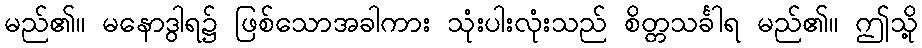
မည်၏။ မနောဒွါရ၌ ဖြစ်သောအခါကား သုံးပါးလုံးသည် စိတ္တသင်္ခါရ မည်၏။ ဤသို့